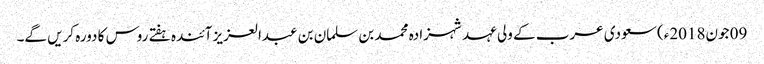
09 جون2018ء) سعودی عرب کے ولی عہد شہزادہ محمد بن سلمان بن عبدالعزیز آئندہ ہفتے روس کا دورہ کریں گے۔